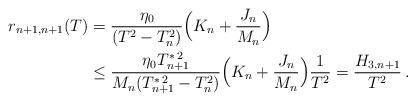
\begin{align*} r_{n+1,n+1}(T) &= \frac{\eta_0}{(T^2 -T_n^2)}\Big(K_n+ \frac{J_n}{M_n}\Big) \\& \le \frac{\eta_0 T_{n+1}^{\ast \,2}}{M_n(T_{n+1}^{\ast \,2} -T_n^2)}\Big(K_n+ \frac{J_n}{M_n}\Big) \frac{1}{T^2}=\frac{H_{3,n+1} }{T^2}\,.\end{align*}